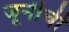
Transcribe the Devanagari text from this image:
जूनीची